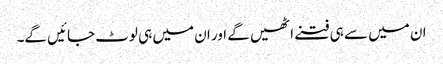
ان میں سے ہی فتنے اٹھیں گے اور ان میں ہی لوٹ جائیں گے۔